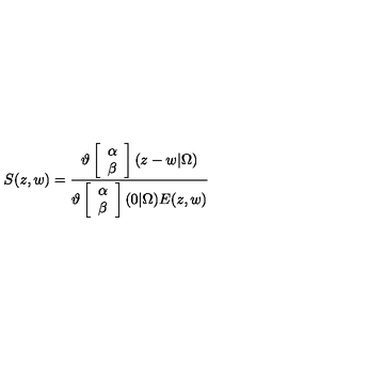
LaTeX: S ( z , w ) = \frac { \vartheta \left[ \begin{array} { c } { \alpha } \\ { \beta } \\ \end{array} \right] ( z - w | \Omega ) } { \vartheta \left[ \begin{array} { c } { \alpha } \\ { \beta } \\ \end{array} \right] ( 0 | \Omega ) E ( z , w ) }